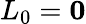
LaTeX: L_{0}=\mathbf{0}